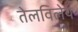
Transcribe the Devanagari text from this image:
तेलविलेय